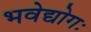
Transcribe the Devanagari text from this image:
भवेद्योगः